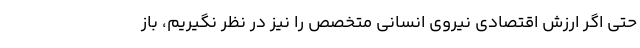
حتی اگر ارزش اقتصادی نیروی انسانی متخصص را نیز در نظر نگیریم، باز